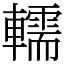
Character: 轜